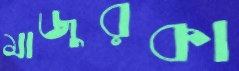
মাজুরকা